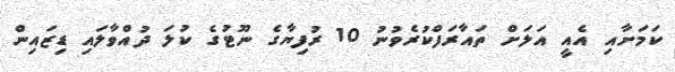
ކަމަށާއި އެއީ އަލަށް ތައާރަފްކުރެވުނު 10 ރުފިޔާގެ ނޫޓުގެ ކުލަ ދުއްވާލައި ޑިޒައިން